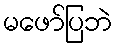
မဖော်ပြဘဲ